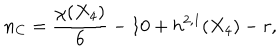
n _ { C } = { \frac { \chi ( X _ { 4 } ) } { 6 } } - 1 0 + h ^ { 2 , 1 } ( X _ { 4 } ) - r ,